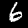
Label: 6